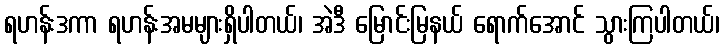
ရဟန်းဒကာ ရဟန်းအမများရှိပါတယ်၊ အဲဒီ မြောင်းမြနယ် ရောက်အောင် သွားကြပါတယ်၊